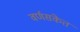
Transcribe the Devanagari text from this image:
वर्णसंकेत